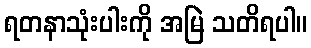
ရတနာသုံးပါးကို အမြဲ သတိရပါ။